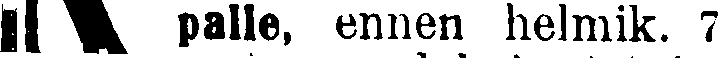
## palle, ennen helmik. 7